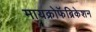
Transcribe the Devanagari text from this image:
मायक्रोफॅब्रिकेशन